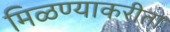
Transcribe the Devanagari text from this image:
मिळण्याकरीता